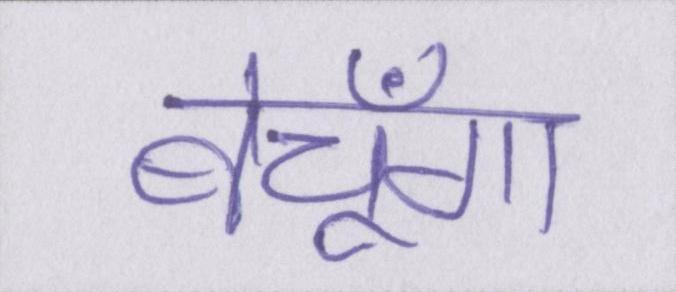
बेचूँगा